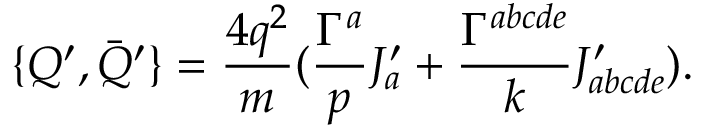
\{ Q ^ { \prime } , \bar { Q } ^ { \prime } \} = \frac { 4 q ^ { 2 } } { m } ( \frac { \Gamma ^ { a } } { p } J _ { a } ^ { \prime } + \frac { \Gamma ^ { a b c d e } } { k } J _ { a b c d e } ^ { \prime } ) .